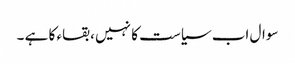
سوال اب سیاست کا نہیں ، بقاء کا ہے ۔